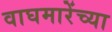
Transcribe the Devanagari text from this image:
वाघमारेंच्या